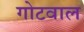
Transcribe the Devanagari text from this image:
गोटवाल